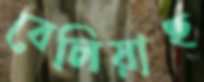
বেলিয়াছ